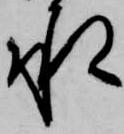
承